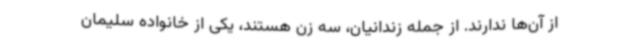
از آن‌ها ندارند. از جمله زندانیان، سه زن هستند، یکی از خانواده سلیمان